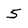
Character: 5